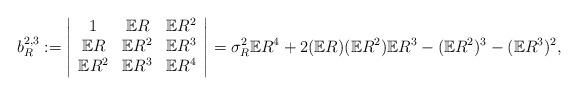
LaTeX: \begin{align*}b_R^{2,3} := \left| \begin{array}{ccc}1 & \mathbb{E}R & \mathbb{E}R^2 \\\mathbb{E}R & \mathbb{E}R^2 & \mathbb{E}R^3 \\\mathbb{E}R^2 & \mathbb{E}R^3 & \mathbb{E}R^4 \end{array} \right| = \sigma_R^2\mathbb{E}R^4 + 2(\mathbb{E}R)(\mathbb{E}R^2)\mathbb{E}R^3 - (\mathbb{E}R^2)^3 - (\mathbb{E}R^3)^2,\end{align*}